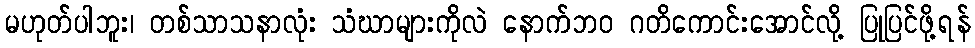
မဟုတ်ပါဘူး၊ တစ်သာသနာလုံး သံဃာများကိုလဲ နောက်ဘဝ ဂတိကောင်းအောင်လို့ ပြုပြင်ဖို့ရန်